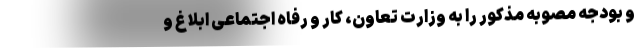
و بودجه مصوبه مذکور را به وزارت تعاون، کار و رفاه اجتماعی ابلاغ و